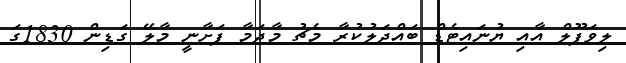
ލިވަޕޫލް އާއި ޔުނައިޓެޑް ބައްދަލުކުރާ މެޗު މާދަމާ ފަށާނީ މާލޭ ގަޑިން 1830ގަ